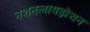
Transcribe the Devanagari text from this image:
नशनलायझेशन